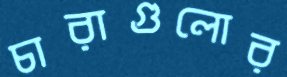
চারাগুলোর